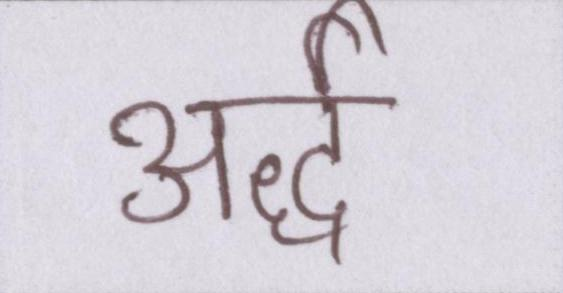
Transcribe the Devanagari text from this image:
अर्द्ध